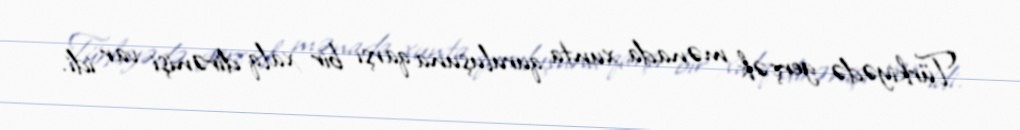
Türkiyədə gerçək mənada xunta quruluşuna qarşı bir xalq dirənişi var idi.